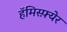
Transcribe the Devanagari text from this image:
हॅमिस्फ़्येर